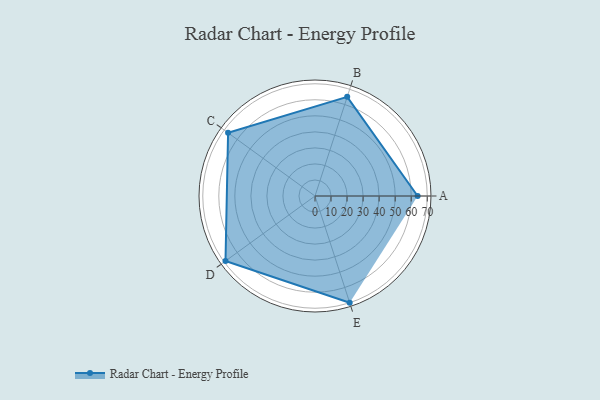
{"axis": {"x": "Skill", "y": "Score"}, "legend": ["Profile"], "data": [{"x": "A", "y": 64.0, "type": "Profile"}, {"x": "B", "y": 65.0, "type": "Profile"}, {"x": "C", "y": 67.0, "type": "Profile"}, {"x": "D", "y": 69.0, "type": "Profile"}, {"x": "E", "y": 70.0, "type": "Profile"}]}